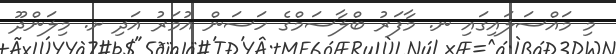
މި މައްސަލައިގައި ނ. މާފަރު ބްލާސަމްގެ ހަސަން އުމަރު އަދި ށ. މިލަންދޫ